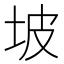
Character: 坡